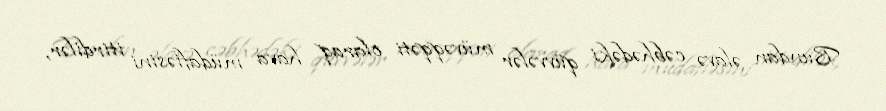
Bundan əlavə cəbhədəki qüvvələr müvəqqəti olaraq hava müdafiəsini itirdilər,